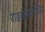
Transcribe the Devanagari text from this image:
राइबोफ्लोविन